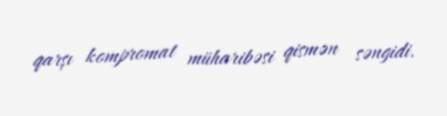
qarşı kompromat müharibəsi qismən səngidi.